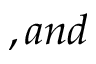
, a n d